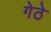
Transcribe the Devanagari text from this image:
गेठे